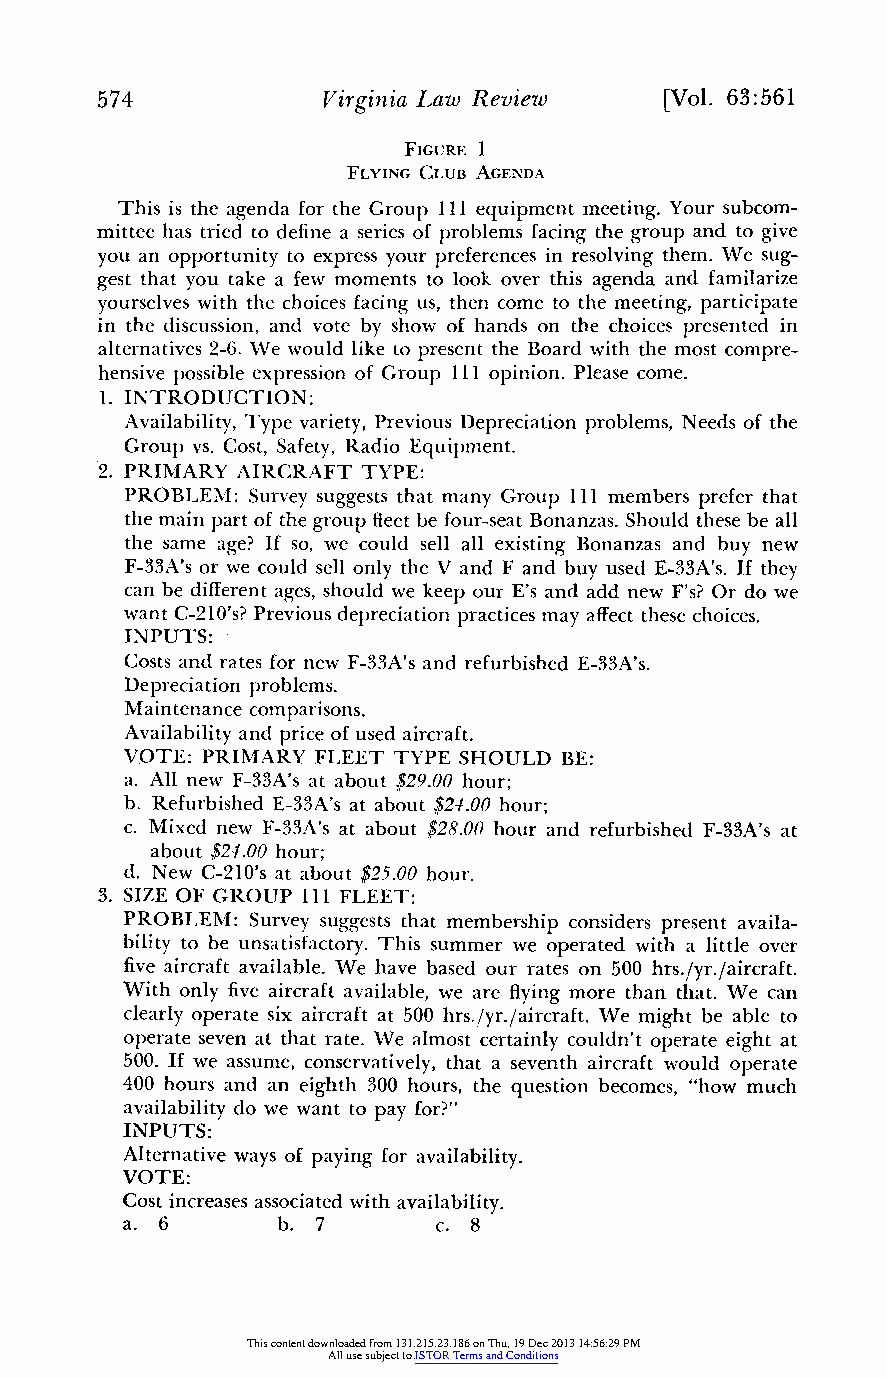
574            Virginia Law Review    [Vol. 63:561
 FIGURE 1
 FLYING CLUB AGENDA
 This is the agenda for the Group Ill equipment meeting.Y our subcom-
 mitteeh as tried to definea serieso f problemsf acingt he group and to give
 you an opportunityt o expressy our preferenceisn resolvingt hem.W e sug-
 gest that you take a few momentst o look over this agenda and familarize
 yourselvesw ith the choices facingu s, then come to the meeting,p articipate
 in the discussion,a nd vote by show of hands on the choices presentedi n
 alternatives2 -6. We would like to presentt he Board with the most compre-
 hensivep ossible expressiono f Group 111 opinion. Please come.
 1. INTRODUCTION:
 Availability,T ype variety,P revious Depreciation problems,N eeds of the
 Group vs. Cost, Safety,R adio Equipment.
 2. PRIMARY AIRCRAFT TYPE:
 PROBLEM: Surveys uggestst hat many Group 111 membersp refert hat
 the main parto f theg roup fleetb e four-seatB onanzas. Should theseb e all
 the same age? If so, we could sell all existing Bonanzas and buy new
 F-33A's or we could sell only the V and F and buy used E-33A's. If they
 can be differenatg es, should we keep our E's and add new F's? Or do we
 want C-210's?P reviousd epreciationp racticesm ay affectt hesec hoices.
 INPUTS:
 Costs and rates forn ew F-33A's and refurbishedE -33A's.
 Depreciation problems.
 Maintenancec omparisons.
 Availabilitya nd price of used aircraft.
 VOTE: PRIMARY FLEET TYPE SHOULD BE:
 a. All new F-33A's at about $29.00 hour;
 b. RefurbishedE -33A's at about $24.00 hour;
 c. Mixed new F-33A's at about $28.00 hour and refurbishedF -33A's at
 about $24.00 hour;
 d. New C-210's at about $25.00 hour.
 3. SIZE OF GROUP 111 FLEET:
 PROBLEM: Surveys uggestst hat membershipc onsidersp resent availa-
 bility to be unsatisfactoryT.h is summerw e operated with a little over
 fivea ircrafta vailable. We have based our rates on 500 hrs./yr./aircraft.
 With only fivea ircrafta vailable, we are flyingm ore than that. We can
 clearlyo perate six aircrafta t 500 hrs./yr./aircrafWt.e might be able to
 operate seven at that rate. We almost certainlyc ouldn't operate eight at
 500. If we assume, conservativelyt,h at a seventha ircraftw ould operate
 400 hours and an eighth 300 hours, the question becomes, "how much
 availabilityd o we want to pay for?"
 INPUTS:
 Alternativew ays of paying for availability.
 VOTE:
 Cost increasesa ssociatedw ith availability.
 a. 6      b. 7       c. 8
 This content downloaded from 131.215.23.186 on Thu, 19 Dec 2013 14:56:29 PM
 All use subject to JSTOR Terms and Conditions